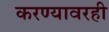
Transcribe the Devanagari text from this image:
करण्यावरही